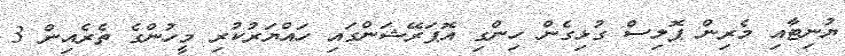
ޔުނިޓާއި މެރިން ޕޮލިސް ގުޅިގެން ހިންގި އޮޕަރޭޝަންގައި ހައްޔަރުކުރި މީހުންގެ ތެރެއިން 3